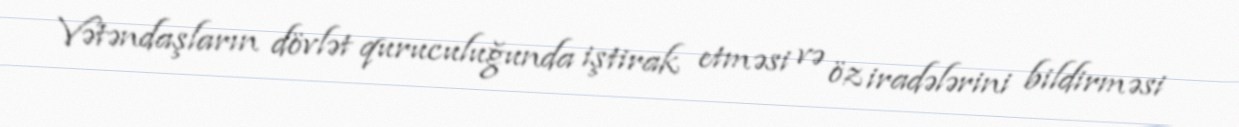
Vətəndaşların dövlət quruculuğunda iştirak etməsi və öz iradələrini bildirməsi